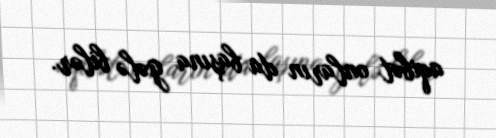
aqibət onların da başına gələ bilər.